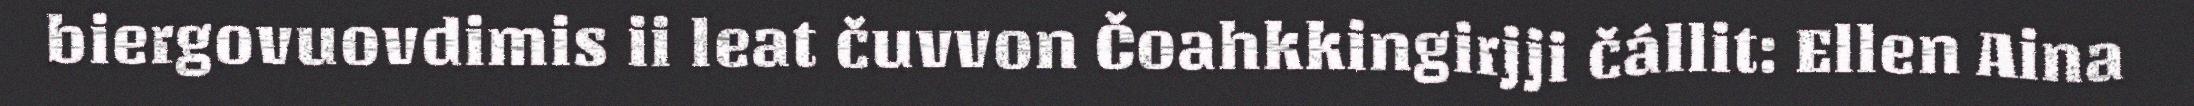
biergovuovdimis ii leat čuvvon Čoahkkingirjji čállit: Ellen Aina